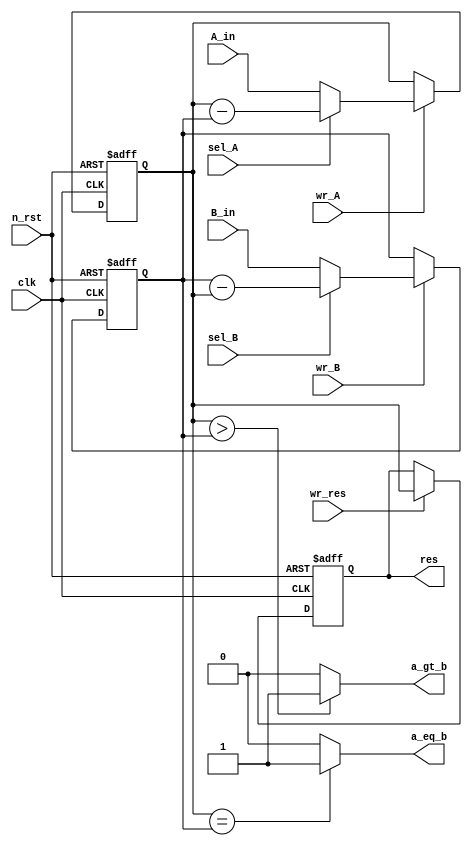
`timescale 1ns / 1ps
//////////////////////////////////////////////////////////////////////////////////
// Company: 
// Engineer: 
// 
// Design Name: 
// Module Name: gcd_datapath
// Project Name: 
// Target Devices: 
// Tool Versions: 
// Description: 
// 
// Dependencies: 
// 
// Revision:
// Revision 0.01 - File Created
// Additional Comments:
// 
//////////////////////////////////////////////////////////////////////////////////


module gcd_datapath#(  parameter N = 32
)(  input clk, n_rst,
    input wire [N-1: 0] A_in, B_in,
    input sel_A, sel_B, 
    input wr_A, wr_B, wr_res,
    output wire a_eq_b, a_gt_b,
    output wire [N-1: 0] res
    );

    reg [N-1: 0] A, B, result;
        // reg [N-1: 0] A_current, B_current, result_current;
    // reg [N-1: 0] A_next, B_next, result_next;

    always @(posedge clk or negedge n_rst) begin
        if (!n_rst)
            A <= 0;
        else if(wr_A) begin
            if (sel_A) A <= A - B;
            else    A <= A_in;
        end
    end         
    
    always @(posedge clk or negedge n_rst) begin
        if (!n_rst)
            B <= 0;
        else if(wr_B) begin
            if (sel_B) B <= B - A;
            else    B <= B_in;
        end
    end         
    
    always @(posedge clk or negedge n_rst) begin
        if (!n_rst)
            result <= 0;
        else if(wr_res) begin
            result <= A;
        end
    end         
    
    assign a_eq_b = (A == B)? 1 : 0;
    assign a_gt_b = (A > B)? 1 : 0;
    assign res = result;

endmodule